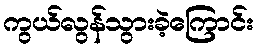
ကွယ်လွန်သွားခဲ့ကြောင်း